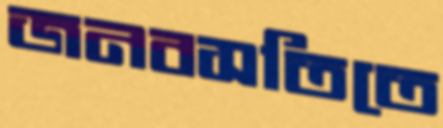
জনবসতিতে